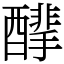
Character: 䤏